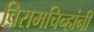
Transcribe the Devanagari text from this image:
विरामचिन्हांनी